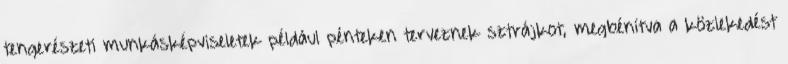
tengerészeti munkásképviseletek például pénteken terveznek sztrájkot, megbénítva a közlekedést